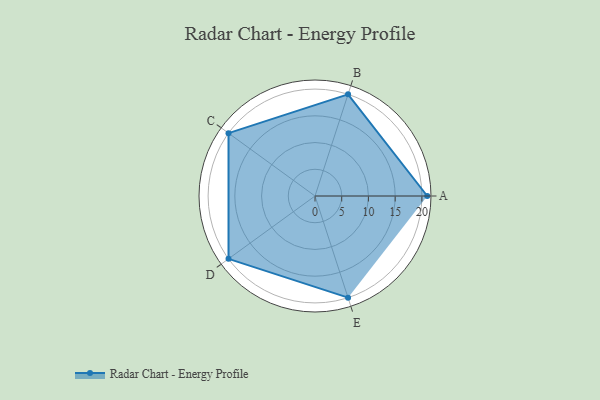
{"axis": {"x": "Skill", "y": "Score"}, "legend": ["Profile"], "data": [{"x": "A", "y": 21.0, "type": "Profile"}, {"x": "B", "y": 20, "type": "Profile"}, {"x": "C", "y": 20, "type": "Profile"}, {"x": "D", "y": 20, "type": "Profile"}, {"x": "E", "y": 20, "type": "Profile"}]}